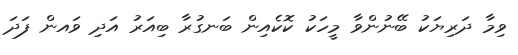
ވިމާ ދަރިޔަކު ބޭނުންވާ މީހަކު ކޮކެއިން ބަނގުރާ ބިއަރު އަދި ވައން ފަދަ